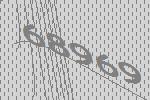
68969